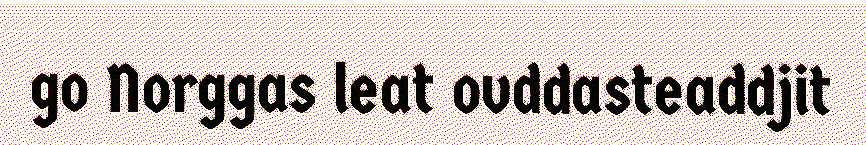
go Norggas leat ovddasteaddjit